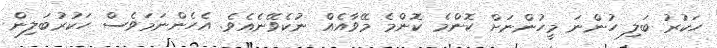
ހަކުރު ބަލި ހުންނަ މީހުންނަށް ކޮންމެ ކޮންމެ މޭވާއެއް ނުކެވޭނެއެވެ. އެހެންނަމަވެސް ހަކުރުބަލިން